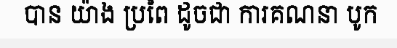
បាន យ៉ាង ប្រពៃ ដូចជា ការគណនា បូក